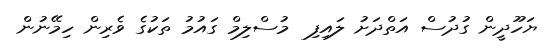
ޔަހޫދީން ގުދުސް އަތްދަށު ލައިފި  މުސްލިމް ގައުމު ތަކުގެ ވެރިން ހިމޭނުން